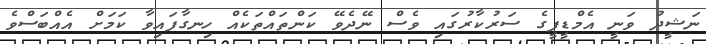
ނަޝީދު ވަނީ އެމްޑީޕީގެ ސަރުކާރުގައި ވެސް ނޭދެވޭ ކަންތައްތަކެއް ހިނގާފައިވާ ކަމަށް އެއްބަސްވެ